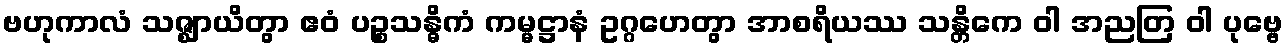
ဗဟုကာလံ သဇ္ဈာယိတွာ ဧဝံ ပဉ္စသန္ဓိကံ ကမ္မဋ္ဌာနံ ဥဂ္ဂဟေတွာ အာစရိယဿ သန္တိကေ ဝါ အညတြ ဝါ ပုဗ္ဗေ